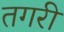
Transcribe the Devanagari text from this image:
तगरी